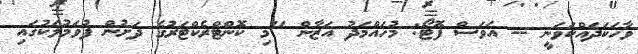
ވާހަކަދައްކަވަނީ -- އަވަސް ފޮޓޯ: މުހައްމަދު އަޒާން "މި ކޮންޓްރެކްޓަރުގެ ދަށުން ފުވަމުލަކުގައި